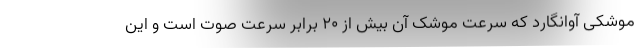
موشکی آوانگارد که سرعت موشک آن بیش از ۲۰ برابر سرعت صوت است و این